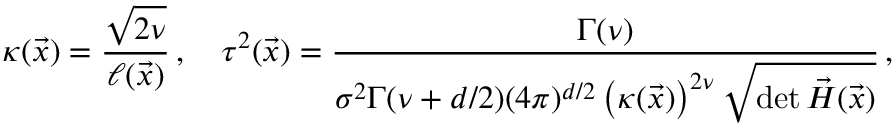
\kappa ( \vec { x } ) = \frac { \sqrt { 2 \nu } } { \ell ( \vec { x } ) } \, , \quad \tau ^ { 2 } ( \vec { x } ) = \frac { \Gamma ( \nu ) } { \sigma ^ { 2 } \Gamma ( \nu + d / 2 ) ( 4 \pi ) ^ { d / 2 } \left( \kappa ( \vec { x } ) \right) ^ { 2 \nu } \sqrt { \operatorname* { d e t } { \vec { H } ( \vec { x } ) } } } \, ,